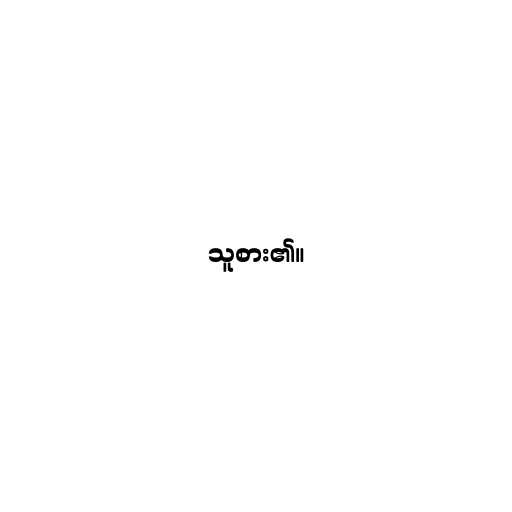
သူစား၏။